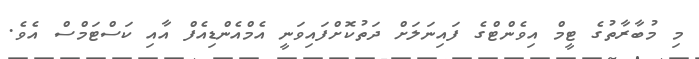
މި މުބާރާތުގެ ޓީމް އިވެންޓްގެ ފައިނަލަށް ދަތުކޮށްފައިވަނީ އެމްއެންޑިއެފް އާއި ކަސްޓަމްސް އެވެ.